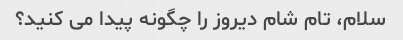
سلام، تام شام دیروز را چگونه پیدا می کنید؟